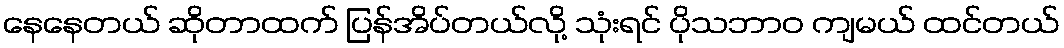
နေနေတယ် ဆိုတာထက် ပြန်အိပ်တယ်လို့ သုံးရင် ပိုသဘာဝ ကျမယ် ထင်တယ်